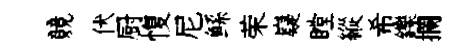
競伏厨愎尼鲧荣嶷瞠縱希鑠攔